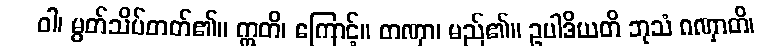
ဝါ၊ မွတ်သိပ်တတ်၏။ ဣတိ၊ ကြောင့်။ တဏှာ၊ မည်၏။ ဥပါဒိယတိ ဘုသံ ဂဏှာတိ၊